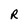
Character: R